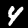
Label: 4